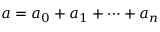
a = a _ { 0 } + a _ { 1 } + \cdots + a _ { n }